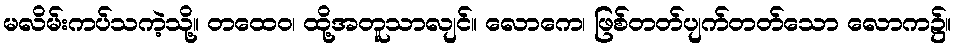
မလိမ်းကပ်သကဲ့သို့။ တထေဝ၊ ထို့အတူသာလျင်။ လောကေ၊ ဖြစ်တတ်ပျက်တတ်သော လောက၌။